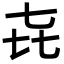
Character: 㐂